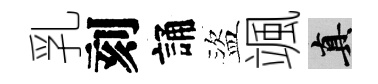
乳刻誦盜颯真